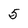
Character: 5